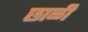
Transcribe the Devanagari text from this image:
छाळी